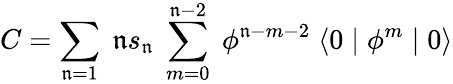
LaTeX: C=\sum_{\mathfrak{n}=1}\; \mathfrak{n}s_{\mathfrak{n}}\; \sum_{m=0}^{\mathfrak{n}-2}\; \phi^{\mathfrak{n}-m-2}\; \langle0\mid\phi^{m}\mid0\rangle